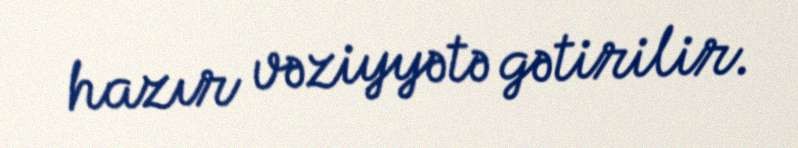
hazır vəziyyətə gətirilir.